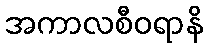
အကာလစီဝရာနိ